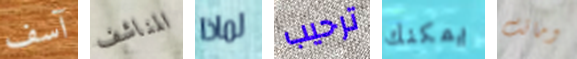
آسف المناشف لماذا ترحيب يمكنك وماتت